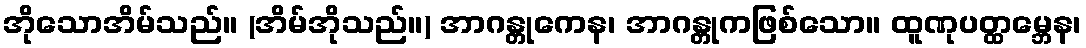
အိုသောအိမ်သည်။ (အိမ်အိုသည်။) အာဂန္တုကေန၊ အာဂန္တုကဖြစ်သော။ ထူဏုပတ္ထမ္ဘေန၊